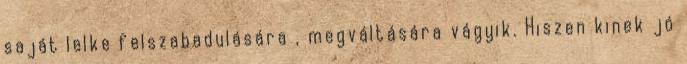
saját lelke felszabadulására , megváltására vágyik. Hiszen kinek jó